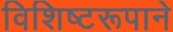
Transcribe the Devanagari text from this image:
विशिष्टरूपाने